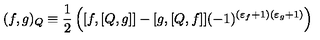
( f , g ) _ { Q } \equiv \frac { 1 } { 2 } \left( [ f , [ Q , g ] ] - [ g , [ Q , f ] ] ( - 1 ) ^ { ( \varepsilon _ { f } + 1 ) ( \varepsilon _ { g } + 1 ) } \right)